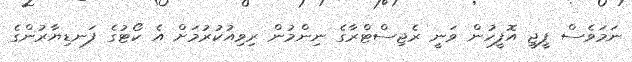
ނަމަވެސް ޕީޖީ އޮފީހުން ވަނީ ރެޖިސްޓްރާގެ ނިންމުން ރިވިއުކުރުމަށް އެ ކޯޓުގެ ފަނޑިޔާރުންގެ